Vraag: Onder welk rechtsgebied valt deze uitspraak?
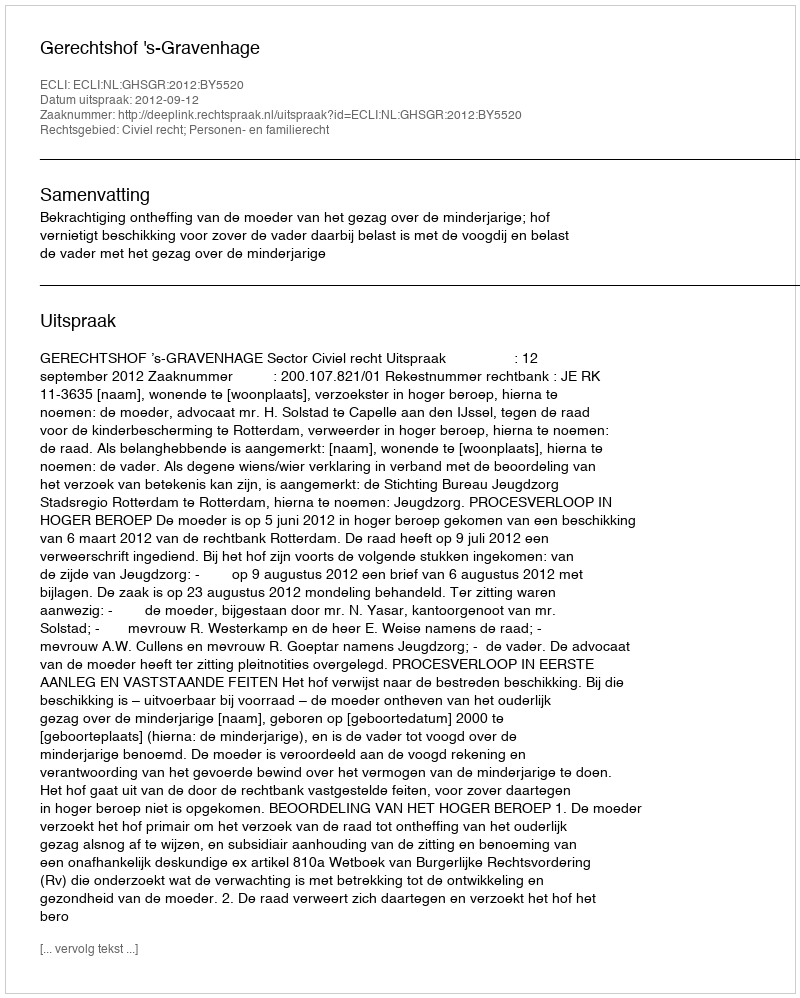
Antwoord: Civiel recht; Personen- en familierecht